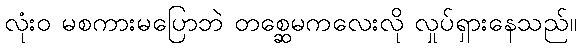
လုံးဝ မစကားမပြောဘဲ တစ္ဆေမကလေးလို လှုပ်ရှားနေသည်။